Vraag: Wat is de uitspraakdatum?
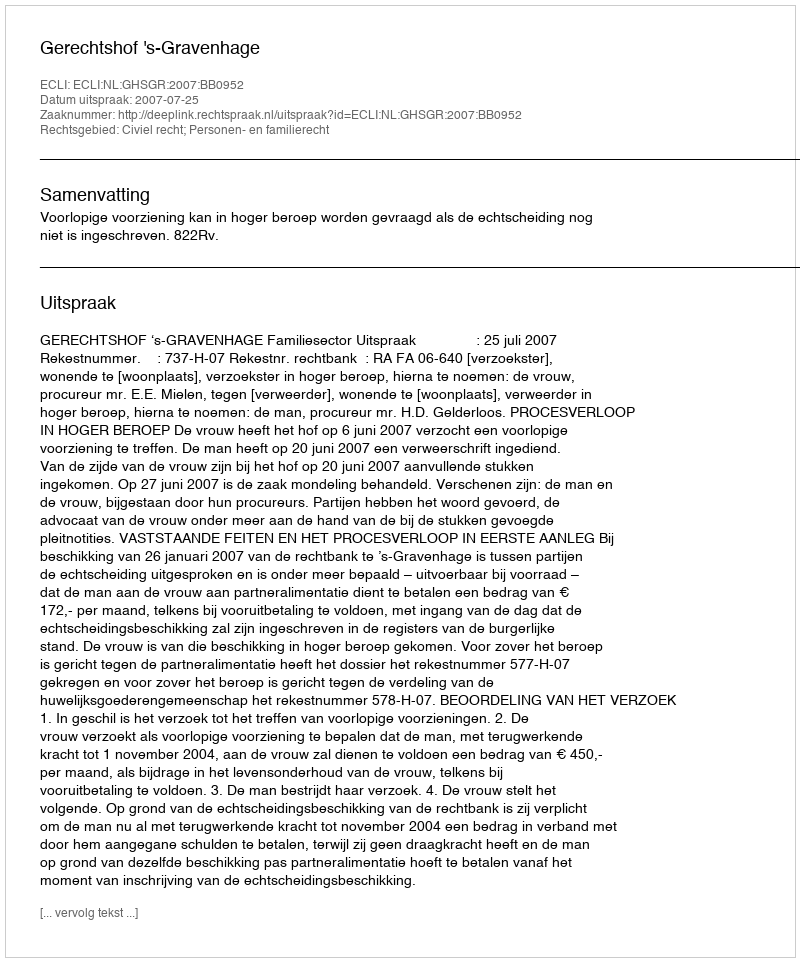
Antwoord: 2007-07-25